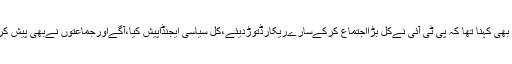
ان کا یہ بھی کہنا تھا کہ پی ٹی آئی نےکل بڑااجتماع کرکےسارےریکارڈتوڑدیئے،کل سیاسی ایجنڈاپیش کیا،آگےاورجماعتوں نےبھی پیش کرنےہیں۔